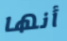
أنها